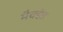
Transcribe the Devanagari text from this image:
मैक्डेड